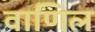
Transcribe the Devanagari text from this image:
वाणिल